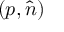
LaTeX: ( p , { \hat { n } } )